Report on horse surra - Volume I
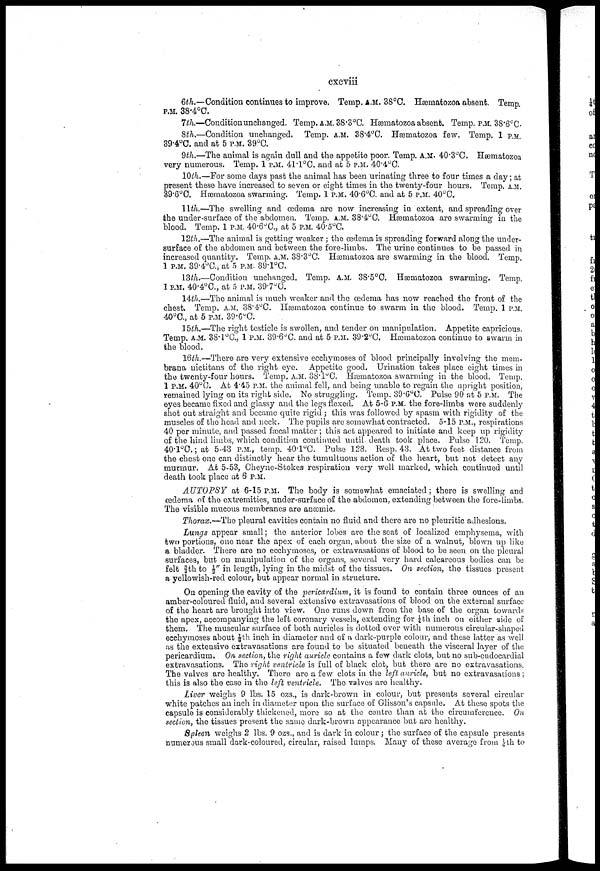
cxcviii
6th.—Condition continues to improve. Temp. A.M. 38°C. Hæmatozoa absent. Temp
P.M. 38.4°C.
7th.—Condition unchanged. Temp. A.M. 38.3°C. Hæmatozoa absent. Temp. P.M. 38.6°C.
8th.—Condition unchanged. Temp. A.M. 38.4°C. Hæmatozoa few. Temp. 1 p.m
39.4°C. and at 5 P.M. 39°C.
9th.—The animal is again dull and the appetite poor. Temp. A.M. 40.3°C. Hæmatozoa
very numerous. Temp. 1 P.M. 4l.l°C. and at 5 P.M. 40.4°C.
10th.—For some days past the animal has been urinating three to four times a day; at
present these have increased to seven or eight times in the twenty-four hours. Temp. A.M.
39.6°C. Hæmatozoa swarming. Temp. 1 P.M. 40.6°C. and at 5 P.M. 40°C.
11th.—The swelling and oedema are now increasing in extent, and spreading over
the under-surface of the abdomen. Temp. A.M. 38.4°C. Hæmatozoa are swarming in the
blood. Temp. 1 P.M. 40.6°C., at 5 P.M. 40.5°C.
12th.—The animal is getting weaker; the oedema is spreading forward along the under-
surface of the abdomen and between the fore-limbs. The urine continues to be passed in
increased quantity. Temp. A.M. 38.3°C. Hæmatozoa are swarming in the blood. Temp.
1 P.M. 39.4°C., at 5 P.M. 39.l°C.
13th.—Condition unchanged. Temp. A.M. 38.5°C. hæmatozoa swarming. Temp.
1 P.M, 40.4°C., at 5 P.M. 39.7°C.
14th.—The animal is much weaker and the oedema has now reached the front of the
chest. Temp. A.M. 38.4°C. Hæmatozoa continue to swarm in the blood. Temp. 1 P.M.
40°C., at 5 P.M. 39.6°C.
15th.—The right testicle is swollen, and tender on manipulation. Appetite capricious.
Temp. A.M. 38.l°C., 1 P.M. 39.6°C. and at 5 P.M. 39.2°C. Hæmatozoa continue to swarm in
the blood.
16th.—There are very extensive ecchymoses of blood principally involving the mem-
brana nictitans of the right eye. Appetite good. Urination takes place eight times in
the twenty-four hours. Temp. A.M. 38.1°C. Hæmatozoa swarming in the blood. Temp.
1 P.M. 40°C. At 4.45 P.M. the animal fell, and being unable to regain the upright position,
remained lying on its right side. No struggling. Temp. 39.6°C. Pulse 90 at 6 P.M. The
eyes became fixed and glassy and the legs flexed. At 5-6 P.M. the fore-limbs were suddenly
shot out straight and became quite rigid; this was followed by spasm with rigidity of the
muscles of the head and neck. The pupils are somewhat contracted. 5-15 P.M., respirations
40 per minute, and passed faecal matter; this act appeared to initiate and keep up rigidity
of the hind limbs, which condition continued until death took place. Pulse 120. Temp.
40.l°C.; at 5-43 P.M., temp. 40.1°C. Pulse 128. Resp. 43. At two feet distance from
the chest one can distinctly hear the tumultuous action of the heart, but not detect any
murmur. At 5-53, Cheyne-Stokes respiration very well marked, which continued until
death took place at 6 P.M.
AUTOPSY at 6-15 P.M. The body is somewhat emaciated; there is swelling and
oedema of the extremities, under-surface of the abdomen, extending between the fore-limbs.
The visible mucous membranes are anæmic.
Thorax.—The pleural cavities contain no fluid and there are no pleuritic adhesions.
Lungs appear small; the anterior lobes are the seat of localized emphysema, with
two portions, one near the apex of each organ, about the size of a walnut, blown up like
a bladder. There are no ecchymoses, or extravasations of blood to be seen on the pleural
surfaces, but on manipulation of the organs, several very hard calcareous bodies can be
felt ¾th to ½ in length, lying in the midst of the tissues. On section, the tissues present
a yellowish-red colour, but appear normal in structure.
On opening the cavity of the pericardium, it is found to contain three ounces of an
amber-coloured fluid, and several extensive extravasations of blood on the external surface
of the heart are brought into view. One runs down from the base of the organ towards
the apex, accompanying the left coronary vessels, extending for ¼th inch on either side of
them. The muscular surface of both auricles is clotted over with numerous circular-shaped
ecchymoses about ⅛th inch in diameter and of a dark-purple colour, and these latter as well
as the extensive extravasations are found to bo situated beneath the visceral layer of the
pericardium. On section, the right auricle contains a few dark clots, but no sub-eudocardial
extravasations. The right ventricle is full of black clot, but there are no extravasations.
The valves are healthy. There are a few clots in the left auricle, but no extravasations;
this is also the case in the left ventricle. The valves are healthy.
Liver weighs 9 lbs. 15 ozs., is dark-brown in colour, but presents several circular
white patches an inch in diameter upon the surface of Glisson's capsule. At these spots the
capsule is considerably thickened, more so at the centre than at the circumference. On
section, the tissues present the same dark-brown appearance but are healthy.
Spleen weighs 2 lbs. 9 ozs., and is dark in colour; the surface of the capsule presents
numerous small dark-coloured, circular, raised lumps. Many of these average from 1/6th to